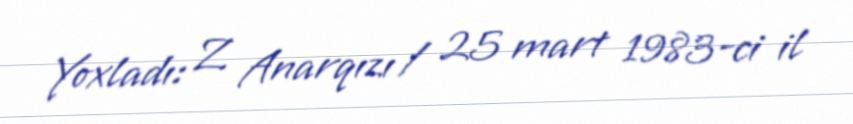
Yoxladı: Z. Anarqızı / 25 mart 1983-ci il